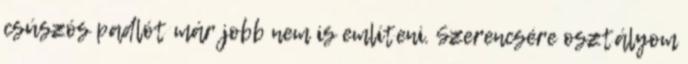
csúszós padlót már jobb nem is említeni. Szerencsére osztályom